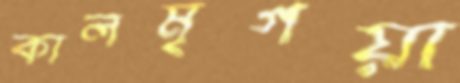
কালমৃগয়া